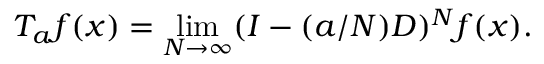
T _ { a } f ( x ) = \operatorname* { l i m } _ { N \to \infty } ( I - ( a / N ) D ) ^ { N } f ( x ) .